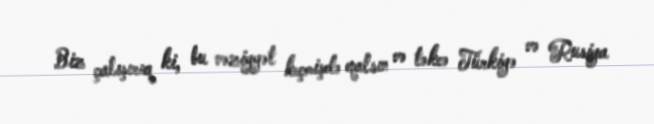
Biz çalışırıq ki, bu vəziyyət keçmişdə qalsın və təkcə Türkiyə və Rusiya